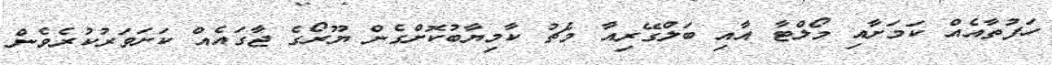
ހަފުތާއެއް ކަމަށާއި މޯލްޓާ އާއި ބަލްގޭރިއާ މެޗު ކާމިޔާބުކޮށްގެން ޔޫރޯގެ ޖާގައެއް ކަށަވަރުކުރެވެން